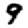
Digit: 9